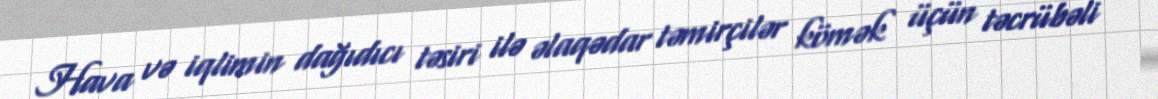
Hava və iqlimin dağıdıcı təsiri ilə əlaqədar təmirçilər kömək üçün təcrübəli